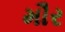
મૌર